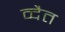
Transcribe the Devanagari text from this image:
व्दैत